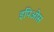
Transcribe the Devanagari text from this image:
इपिओस